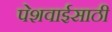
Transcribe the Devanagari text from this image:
पेशवाईसाठी